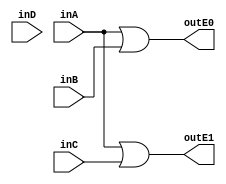
`timescale 1ns / 1ps

module encoder(inA, inB, inC, inD, outE0, outE1);

input inA, inB, inC, inD;
output outE0, outE1;

assign outE0=inA|inB;
assign outE1=inA|inC;

endmodule